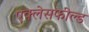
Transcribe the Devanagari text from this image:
एक्लेसफील्ड